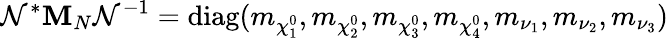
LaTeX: \mathcal{N}^{*}{\mathbf M}_{N}\mathcal{N}^{-1}=\mathrm{diag}(m_{\chi_{1}^{0}},m_{\chi_{2}^{0}},m_{\chi_{3}^{0}},m_{\chi_{4}^{0}},m_{\nu_{1}},m_{\nu_{2}},m_{\nu_{3}})